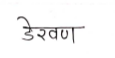
मजकूर: डेरवण